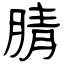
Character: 腈